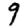
Digit: 9